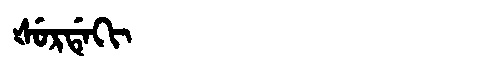
Manchu: ᡧᡠᡵᡩᡝᡴᡳ
Romanization: ŠURDEKI